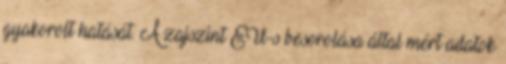
gyakorolt hatását. A zajszint EU-s besorolása által mért adatok